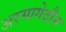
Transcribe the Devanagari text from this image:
अरमागेदौन